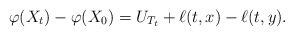
\begin{align*}\varphi(X_t)-\varphi(X_0)=U_{T_t}+\ell(t,x)-\ell(t,y). \end{align*}